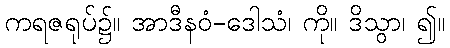
ကရဇရုပ်၌။ အာဒီနဝံ-ဒေါသံ၊ ကို။ ဒိသွာ၊ ၍။